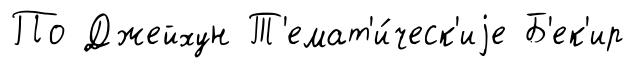
По Джейхун Т'емат'и́ческ'иjе Б'ек'ир